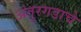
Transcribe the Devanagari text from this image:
अंतुरगडाचे